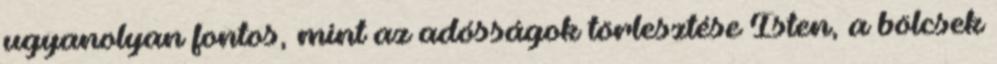
ugyanolyan fontos, mint az adósságok törlesztése Isten, a bölcsek